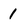
Character: 1